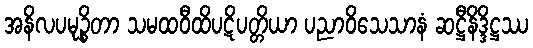
အနိလပမုဉ္စိတာ သမထဝီထိပဋိပတ္တိယာ ပညာဝိသေသာနံ ဆဋ္ဌီနိဒ္ဒိဋ္ဌဿ